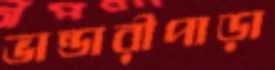
ভান্ডারীপাড়া